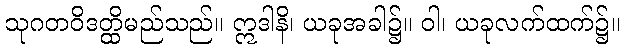
သုဂတဝိဒတ္ထိမည်သည်။ ဣဒါနိ၊ ယခုအခါ၌။ ဝါ၊ ယခုလက်ထက်၌။